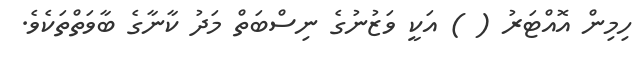
ހިމިން އޮއްޓަރު ( ) އަކީ ވަޒުނުގެ ނިސްބަތް މަދު ކާނާގެ ބާވަތްތަކެވެ.